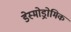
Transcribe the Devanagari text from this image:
डेस्मोड्रोमिक